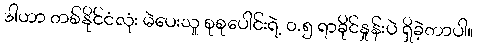
ဒါဟာ တစ်နိုင်ငံလုံး မဲပေးသူ စုစုပေါင်းရဲ့ ၀.၅ ရာခိုင်နှုန်းပဲ ရှိခဲ့တာပါ။